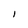
Character: l